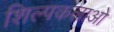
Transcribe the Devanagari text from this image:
शिल्‍पकलाओ